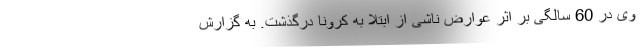
وی در 60 سالگی بر اثر عوارض ناشی از ابتلا به کرونا درگذشت. به گزارش